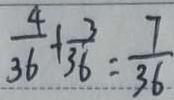
\frac { 4 } { 3 6 } + \frac { 3 } { 3 6 } = \frac { 7 } { 3 6 }